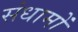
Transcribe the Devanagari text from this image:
संधामों